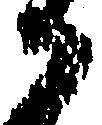
御